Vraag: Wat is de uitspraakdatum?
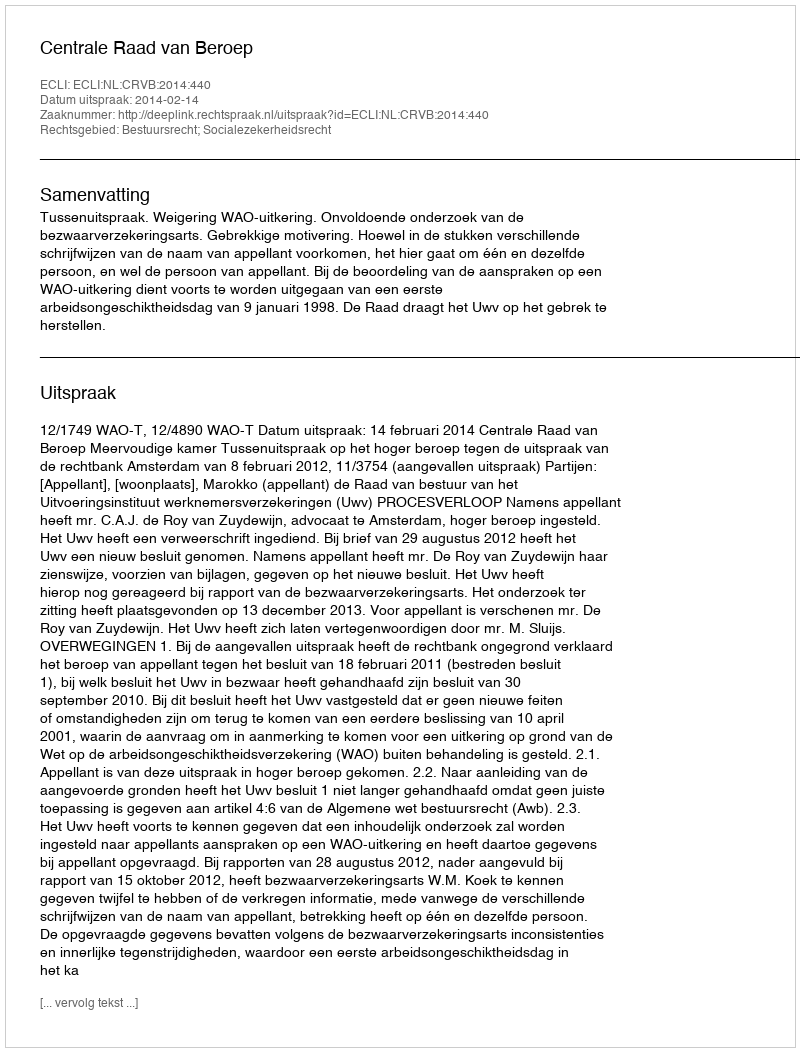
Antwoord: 2014-02-14